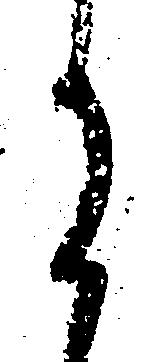
に